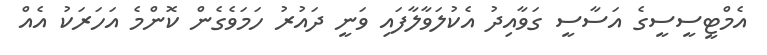
އެމްޓީސީސީގެ އަސާސީ ގަވާއިދު އެކުލަވާލާފައި ވަނީ ދައުރު ހަމަވެގެން ކޮންމެ އަހަރަކު އެއް